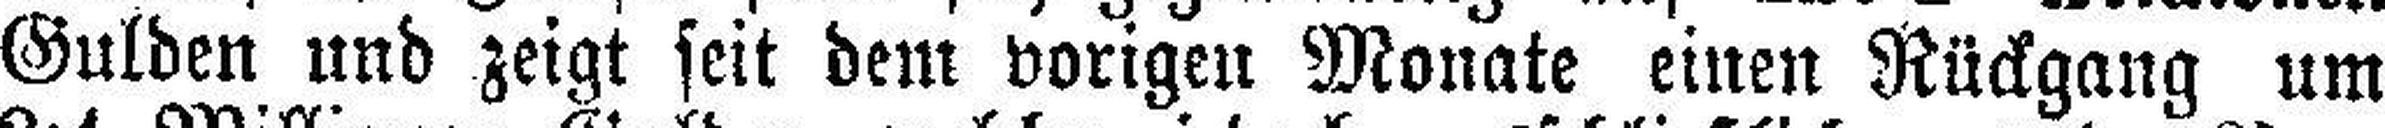
Gulden und zeigt seit dem vorigen Monate einen Rückgang um